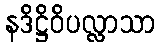
နဒိဋ္ဌိဝိပလ္လာသာ